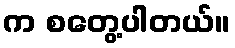
က စတွေ့ပါတယ်။